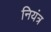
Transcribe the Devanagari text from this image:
नियंत्र